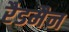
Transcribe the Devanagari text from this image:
रैडमैन